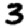
Digit: 3